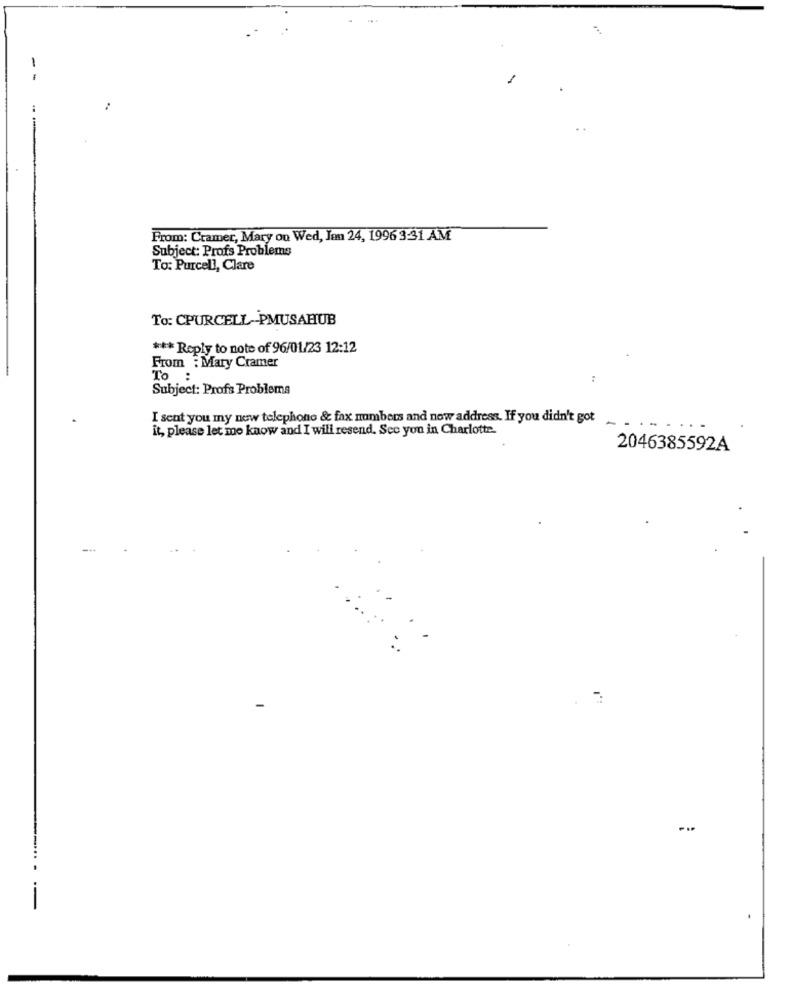
-
From: Cramer, Mary on Wed, Jon 24, 1996 3:31 AM
Subject: Profs Problems
To: Purcell, Clare
To: CPURCELL-PMUSAHUB
*** Reply to note of 96/01/23 12:12
From : Mary Cramer
To
..
Subject: Profs Problema
I sent you my new telephone & fax numbers and now address. If you didn't got
-
...
it, please let me know and I will resend. See you in Charlotte.
2046385592A